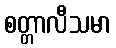
စတ္တာလီသမာ